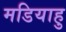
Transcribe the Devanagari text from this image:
मडियाहु